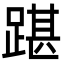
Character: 踸